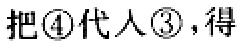
把\textcircled{4}代入\textcircled{3}，得